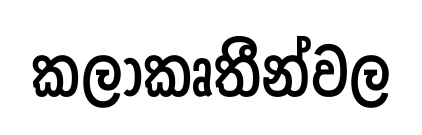
කලාකෘතීන්වල